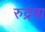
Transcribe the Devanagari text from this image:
रुद्रंबा